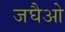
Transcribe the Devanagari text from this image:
जघैओ